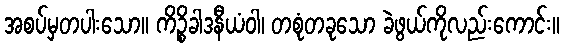
အစပ်မှတပါးသော။ ကိဉ္စိခါဒနီယံဝါ၊ တစုံတခုသော ခဲဖွယ်ကိုလည်းကောင်း။